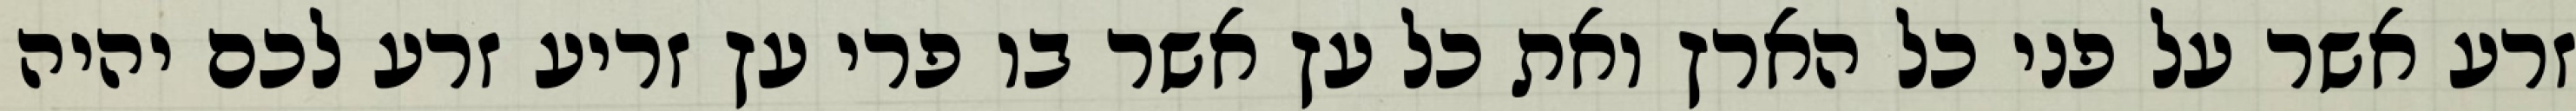
זרע אשר על פני כל הארץ ואת כל עץ אשר בו פרי עץ זריע זרע לכם יהיה